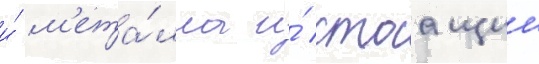
и́ м'ета́лла и́ стоащии